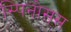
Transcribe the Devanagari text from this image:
स्पिनोसस